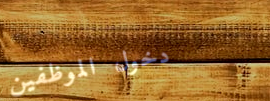
دخول الموظفين